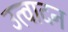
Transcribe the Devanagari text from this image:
उत्वादन